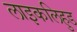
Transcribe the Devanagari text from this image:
लाइकलिहुड